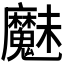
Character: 𮫩